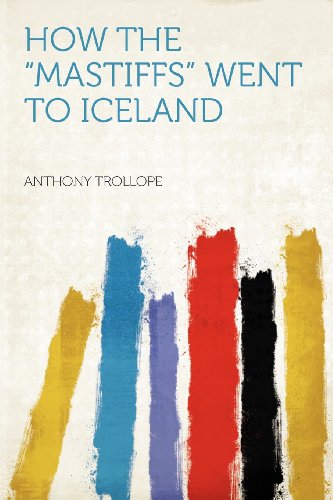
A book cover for How the "Mastiffs" Went to Iceland; History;